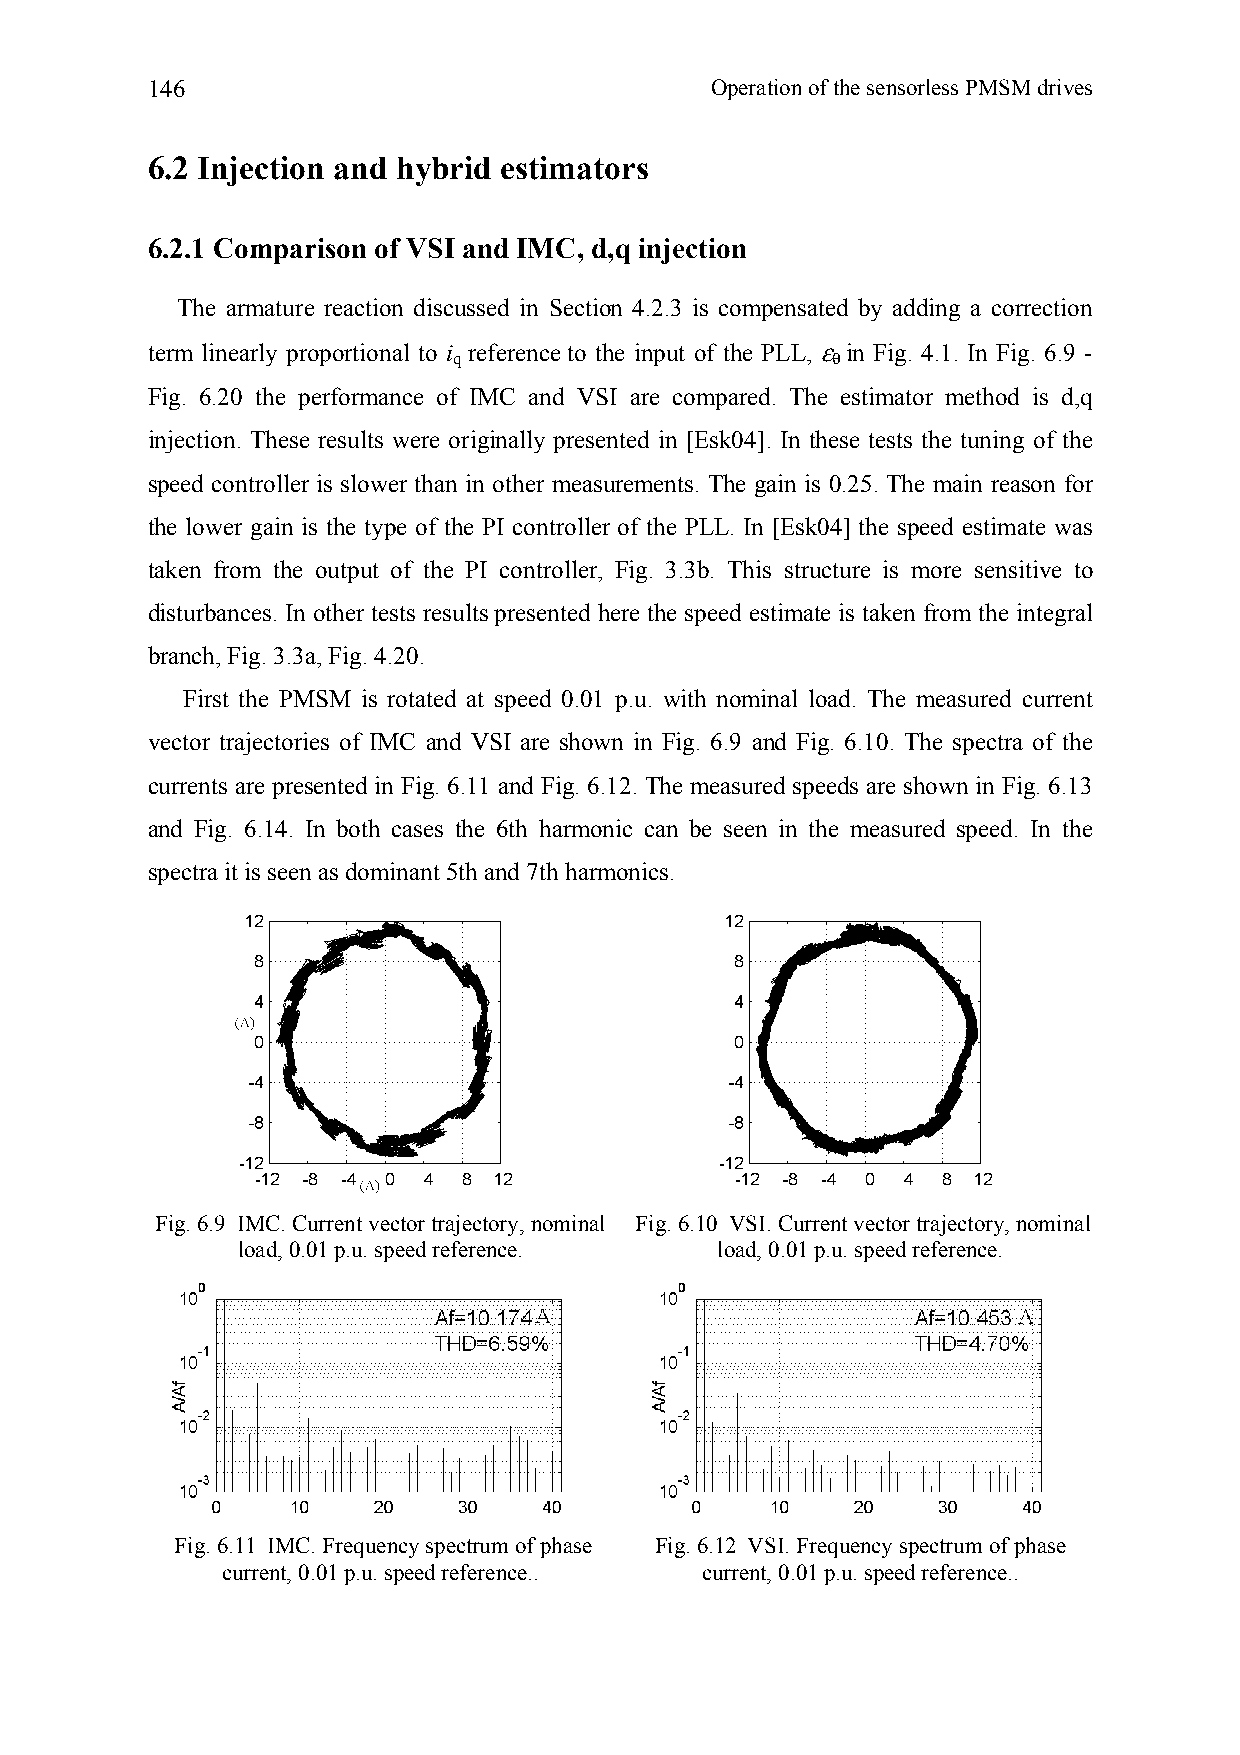
146                                  Operation of the sensorless PMSM drives
 6.2 Injection and hybrid estimators
 6.2.1 Comparison of VSI and IMC, d,q injection
 The armature reaction discussed in Section 4.2.3 is compensated by adding a correction
 term linearly proportional to i q reference to the input of the PLL, ε θ in Fig. 4.1. In Fig. 6.9 -
 Fig. 6.20 the performance of IMC and VSI are compared. The estimator method is d,q
 injection. These results were originally presented in [Esk04]. In these tests the tuning of the
 speed controller is slower than in other measurements. The gain is 0.25. The main reason for
 the lower gain is the type of the PI controller of the PLL. In [Esk04] the speed estimate was
 taken from the output of the PI controller, Fig. 3.3b. This structure is more sensitive to
 disturbances. In other tests results presented here the speed estimate is taken from the integral
 branch, Fig. 3.3a, Fig. 4.20.
 First the PMSM is rotated at speed 0.01 p.u. with nominal load. The measured current
 vector trajectories of IMC and VSI are shown in Fig. 6.9 and Fig. 6.10. The spectra of the
 currents are presented in Fig. 6.11 and Fig. 6.12. The measured speeds are shown in Fig. 6.13
 and Fig. 6.14. In both cases the 6th harmonic can be seen in the measured speed. In the
 spectra it is seen as dominant 5th and 7th harmonics.
 Fig. 6.9 IMC. Current vector trajectory, nominal Fig. 6.10 VSI. Current vector trajectory, nominal
 load, 0.01 p.u. speed reference. load, 0.01 p.u. speed reference.
 Fig. 6.11 IMC. Frequency spectrum of phase Fig. 6.12 VSI. Frequency spectrum of phase
 current, 0.01 p.u. speed reference.. current, 0.01 p.u. speed reference..